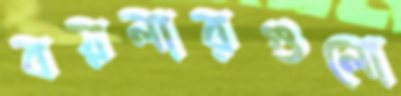
বয়লারগুলো